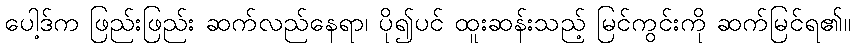
ပေါ့ဒ်က ဖြည်းဖြည်း ဆက်လည်နေရာ၊ ပို၍ပင် ထူးဆန်းသည့် မြင်ကွင်းကို ဆက်မြင်ရ၏။